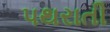
પથરાતી